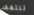
لنتفقد